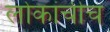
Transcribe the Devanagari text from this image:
लोकांचीच